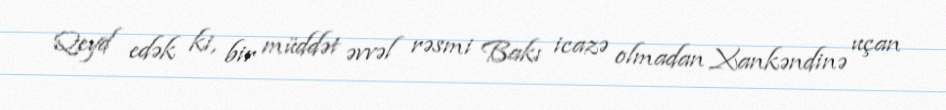
Qeyd edək ki, bir müddət əvvəl rəsmi Bakı icazə olmadan Xankəndinə uçan